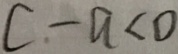
c - a < 0